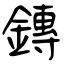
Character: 鏄